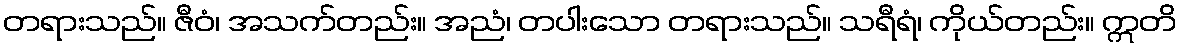
တရားသည်။ ဇီဝံ၊ အသက်တည်း။ အညံ၊ တပါးသော တရားသည်။ သရီရံ၊ ကိုယ်တည်း။ ဣတိ